Account of plague administration in the Bombay Presidency from September 1896 till May 1897
Year: 1896
Disease focus: Plague
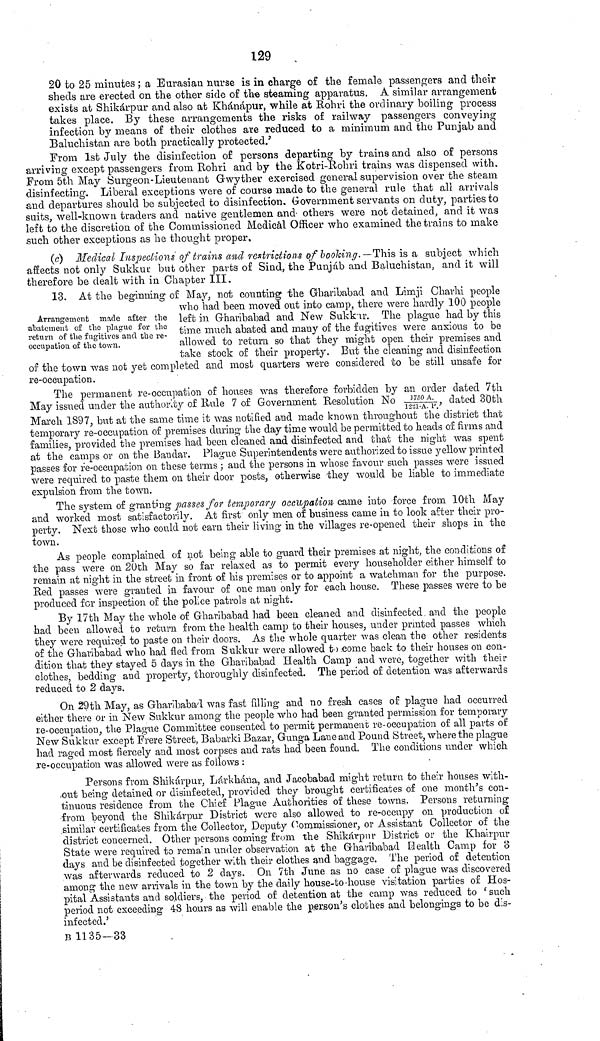
129
20 to 25 minutes ; a Eurasian nurse is in charge of the female passengers and their
sheds are erected on the other side of the steaming apparatus. A similar arrangement
exists at Shikárpur and also at Khánápur, while at Rohri the ordinary boiling process
takes place. By these arrangements the risks of railway passengers conveying
infection by means of their clothes are reduced to a minimum and the Punjab and
Baluchistan are both practically protected.'
From 1st July the disinfection of persons departing by trains and also of persons
arriving except passengers from Rohri and by the Kotri-Rohri trains was dispensed with.
From 5th May Surgeon-Lieutenant Gwyther exercised general supervision over the steam
disinfecting. Liberal exceptions were of course made to the general rule that all arrivals
and departures should be subjected to disinfection. Government servants on duty, parties to
suits, well-known traders and native gentlemen and others were not detained, and it was
left to the discretion of the Commissioned Medical Officer who examined the trains to make
such other exceptions as he thought proper,
(c) Medical Inspections of trains and restrictions of booking.—This is a subject which
affects not only Sukkur. but other parts of Sind, the Punjab and Baluchistan, and it will
therefore be dealt with in Chapter III.
Arrangement made after the •abatement of the plague for the
return of the fugitives and the re-
occupation of the town.
13. At the beginning of May, not counting the Gharibabad and Limji Charhi people
who had been moved ont into camp, there were hardly 100 people
left in Gharibabad and New Sukkur. The plague had by this
time much abated and many of the fugitives were anxious to be
allowed to return so that they might open their premises and
take stock of their property. But the cleaning and disinfection
of the town was not yet completed and most quarters were considered to be still unsafe for
re-occupation.
The permanent re-occupation of houses was therefore forbidden by an order dated 7th
May issued under the authority of Hule 7 of Government Resolution No 1750 A. dated 30th
March 1897, but at the same time it was notified and made known throughout the district that
temporary re-occupation of premises during the day time would be permitted to heads of firms and
families, provided the premises had been cleaned and disinfected and that the night was spent
at the camps or on the Bandar. Plague Superintendents were authorized to issue yellow printed
passes for re-occupation on these terms ; and the persons in whose favour such passes were issued
were required to paste them on their door posts, otherwise they would be liable to immediate
expulsion from the town.
The system of granting passes for temporary occupation came into force from 10th May
and worked most satisfactorily. At first only men of business came in to look after their pro-
perty. Next these who could not earn their living in the villages re-opened their shops in th
As people complained of not being able to guard their premises at night, the conditions of
the pass were on 20th May so far relaxed as to permit every householder either himself to
remain at night in the street in front of his premises or to appoint a watchman for the purpose.
Red passes were granted in favour of one man only for each house. These passes were to be
produced for inspection of the police patrols at night.
By 17th May the whole of Gharibabad had been cleaned and disinfected and the people
had been allowed to return from the health camp to their houses, under printed passes which
they were required to paste on their doors. As the whole quarter was clean the other residents
of the Gharibabad who had fled from Sukkur were allowed to come back to their houses on con-
dition that they stayed 5 days in the Gharibabad Health Camp and were, together with their
clothes, bedding and property, thoroughly disinfected. The period of detention was afterwards
reduced to 2 days.
On 29th May, as Gharibabad was fast filling and no fresh cases of plague had occurred
either there or in New Sukkur among the people who had been granted permission for temporary
re-occupation, the Plague Committee consented to permit permanent re-occupation of all parts of
New Sukkur except Frere Street, Babarki Bazar, Gunga Lane and Pound Street, where the plague
had raged most fiercely and most corpses and rats had been found. The conditions under which
re-occupation was allowed were as follows :
Persons from Shikárpur, Lárkhána, and Jacobabad might return to their houses with-
,out being detained or disinfected, provided they brought certificates of one month's con-
tinuous residence from the Chief Plague Authorities of these towns. Persons returning
from beyond the Shikárpur District were also allowed to re-occupy on production of
similar certificates from the Collector, Deputy Commissioner, or Assistant Collector of
State were required to reman under observation at the Gharibabad Health Camp for 3
days and be disinfected together with their clothes and baggage. The period of detention
was afterwards reduced to 2 days. On 7th June as no case of plague was discovered
among the new arrivals in the town by the daily house-to-house visitation parties of Hos-
pital Assistants and soldiers, the period of detention at the camp was reduced to ' such
period not exceeding 48 hours as will enable the person's clothes and belongings to be dis-
infected.'
B 1135-33